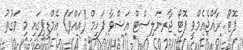
ފޮޓޯ: ރާއްޖެއެމްވީ ފޮޓޯ ޖާރނަލިސްޓް އަޝްވާ ފަހީމް (އައްވަ) އެމްޑީޕީގައި މި ވަގުތު